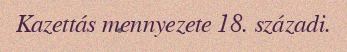
Kazettás mennyezete 18. századi.